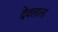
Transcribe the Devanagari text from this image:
देवताला